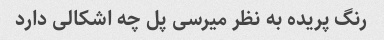
رنگ پریده به نظر میرسی پل چه اشکالی دارد